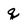
Character: q